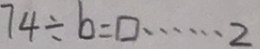
7 4 \div b = \square \cdots 2